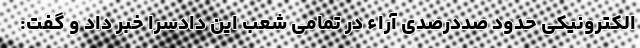
الکترونیکی حدود صددرصدی آراء در تمامی شعب این دادسرا خبر داد و گفت: